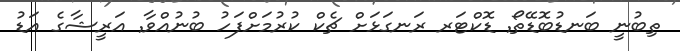
ތިބުނީ ބަނޑުބޮޑޭތޯ